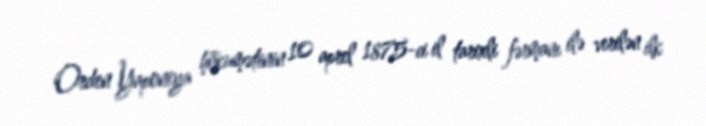
Orden Yaponiya hökumətinin 10 aprel 1875-ci il tarixli fərmanı ilə verilən ilk